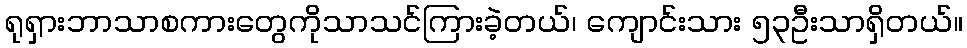
ရုရှားဘာသာစကားတွေကိုသာသင်ကြားခဲ့တယ်၊ ကျောင်းသား ၅၃ဦးသာရှိတယ်။